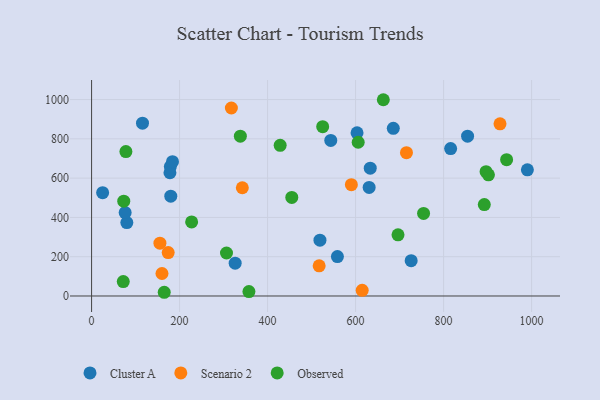
{"axis": {"x": "Speed", "y": "Salary"}, "legend": ["Cluster A", "Observed", "Scenario 2"], "data": [{"x": "558.7", "y": 200.4, "type": "Cluster A"}, {"x": "603.3", "y": 830.5, "type": "Cluster A"}, {"x": "80.1", "y": 373.8, "type": "Cluster A"}, {"x": "180.0", "y": 508.1, "type": "Cluster A"}, {"x": "179.0", "y": 658.8, "type": "Cluster A"}, {"x": "816.0", "y": 750.3, "type": "Cluster A"}, {"x": "685.7", "y": 853.4, "type": "Cluster A"}, {"x": "115.7", "y": 879.6, "type": "Cluster A"}, {"x": "519.0", "y": 284.2, "type": "Cluster A"}, {"x": "633.3", "y": 650.4, "type": "Cluster A"}, {"x": "630.8", "y": 552.9, "type": "Cluster A"}, {"x": "25.1", "y": 525.8, "type": "Cluster A"}, {"x": "726.3", "y": 179.8, "type": "Cluster A"}, {"x": "178.1", "y": 627.3, "type": "Cluster A"}, {"x": "990.4", "y": 642.0, "type": "Cluster A"}, {"x": "543.6", "y": 792.1, "type": "Cluster A"}, {"x": "854.5", "y": 813.5, "type": "Cluster A"}, {"x": "326.3", "y": 167.2, "type": "Cluster A"}, {"x": "183.9", "y": 683.7, "type": "Cluster A"}, {"x": "76.3", "y": 424.4, "type": "Cluster A"}, {"x": "928.2", "y": 876.6, "type": "Scenario 2"}, {"x": "590.4", "y": 566.9, "type": "Scenario 2"}, {"x": "174.1", "y": 221.0, "type": "Scenario 2"}, {"x": "160.0", "y": 114.6, "type": "Scenario 2"}, {"x": "715.6", "y": 729.8, "type": "Scenario 2"}, {"x": "317.7", "y": 956.9, "type": "Scenario 2"}, {"x": "615.0", "y": 28.8, "type": "Scenario 2"}, {"x": "342.6", "y": 550.9, "type": "Scenario 2"}, {"x": "155.3", "y": 269.0, "type": "Scenario 2"}, {"x": "517.2", "y": 153.3, "type": "Scenario 2"}, {"x": "455.0", "y": 502.0, "type": "Observed"}, {"x": "943.2", "y": 693.8, "type": "Observed"}, {"x": "357.6", "y": 22.7, "type": "Observed"}, {"x": "901.9", "y": 616.8, "type": "Observed"}, {"x": "754.5", "y": 420.5, "type": "Observed"}, {"x": "78.0", "y": 735.2, "type": "Observed"}, {"x": "72.0", "y": 73.5, "type": "Observed"}, {"x": "896.5", "y": 632.6, "type": "Observed"}, {"x": "892.5", "y": 465.1, "type": "Observed"}, {"x": "306.6", "y": 218.9, "type": "Observed"}, {"x": "696.4", "y": 311.6, "type": "Observed"}, {"x": "73.1", "y": 482.5, "type": "Observed"}, {"x": "605.9", "y": 782.6, "type": "Observed"}, {"x": "165.1", "y": 18.9, "type": "Observed"}, {"x": "428.6", "y": 766.9, "type": "Observed"}, {"x": "525.2", "y": 861.8, "type": "Observed"}, {"x": "227.4", "y": 376.8, "type": "Observed"}, {"x": "338.1", "y": 813.6, "type": "Observed"}, {"x": "663.0", "y": 999.1, "type": "Observed"}]}